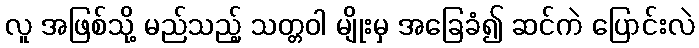
လူ အဖြစ်သို့ မည်သည့် သတ္တဝါ မျိုးမှ အခြေခံ၍ ဆင်ကဲ ပြောင်းလဲ